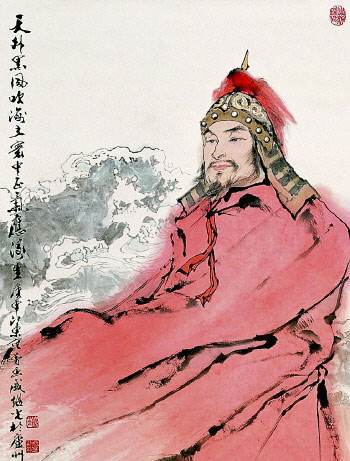
封侯非我意，但愿海波平。